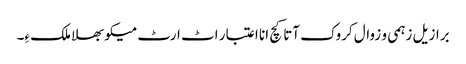
برازیل زہمی و زوال کروک آتا کچ انا اعتبار اٹ ارٹ میکو بھلا ملک ءِ۔